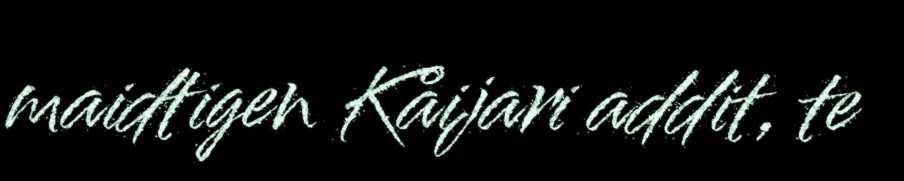
maidtigen Kåijari addit, te